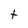
Character: t